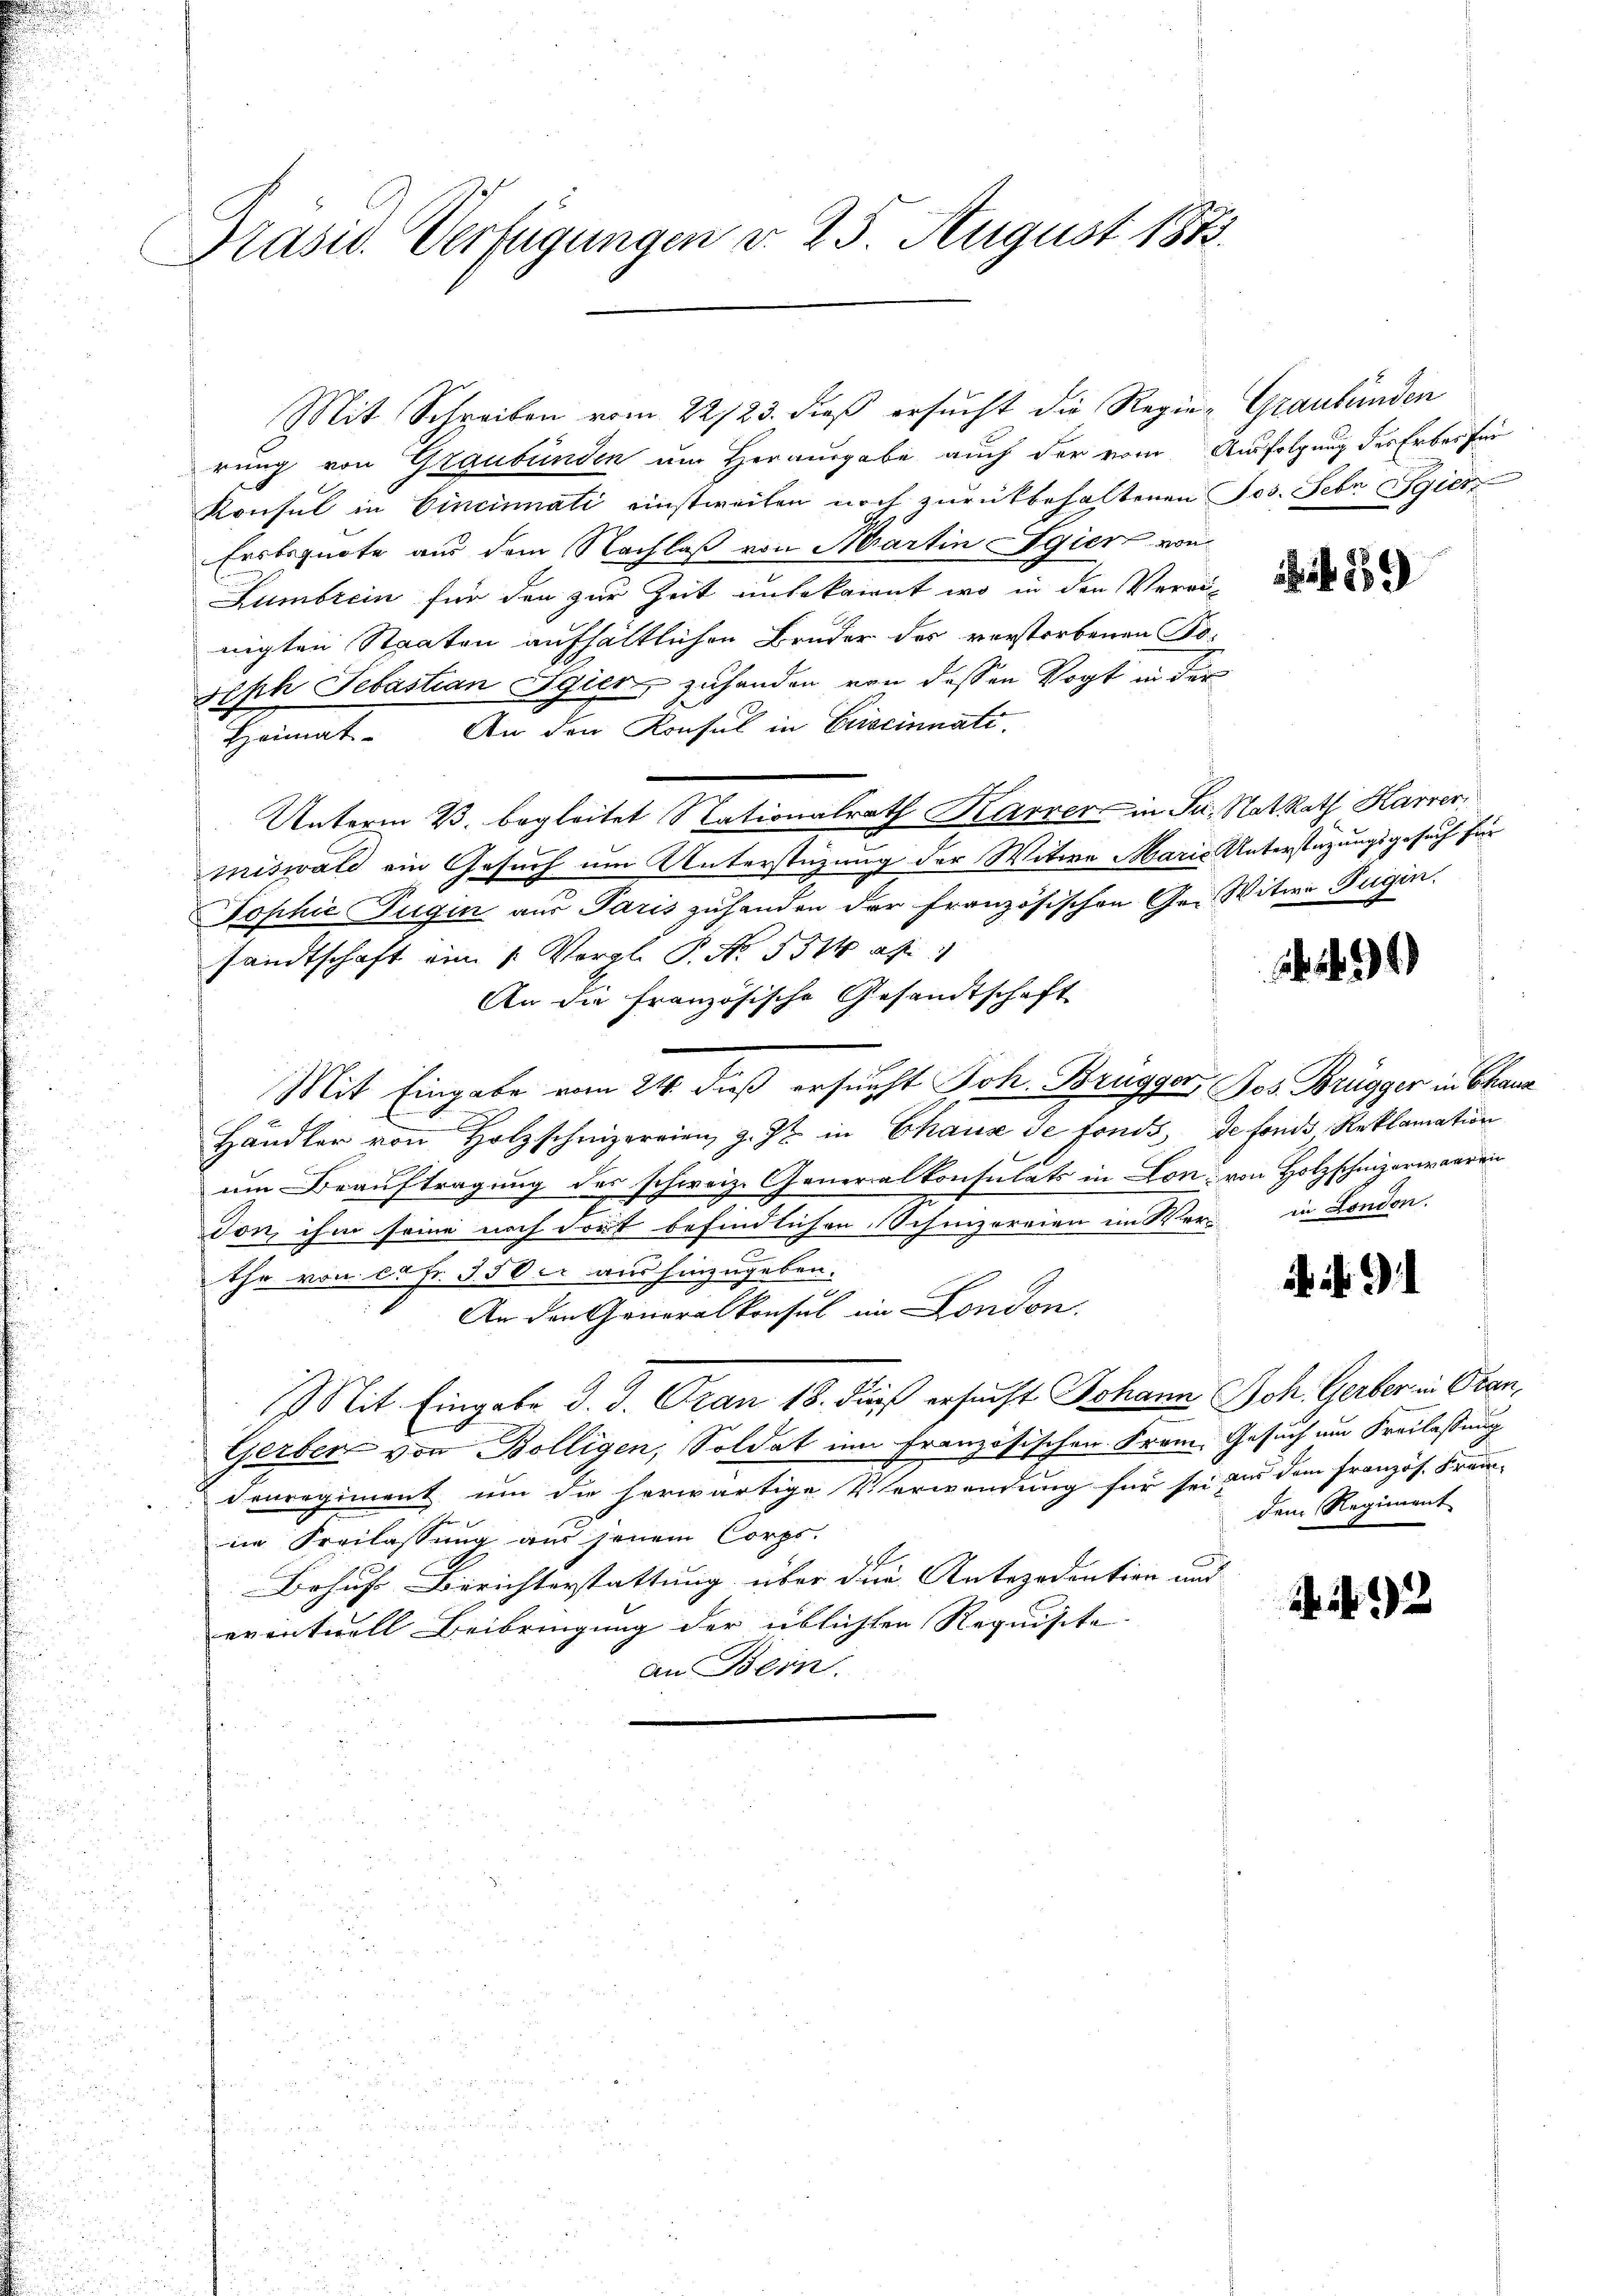
Präsid. Verfügungen d. 25. August 1873.

Mit Schreiben vom 22/23. dieß ersucht die Regien Graubünden
rung von Graubünden um Herausgabe auch der vom Ausfolgung des Erbes für
Konsul in Cincinnati einstweilen noch zurückbehaltenen Jos. Febr Egier
Ersbegnete aus dem Nachlaß von Martin Egier von
Lumbrein für den zur Zeit unbekannt, wo in den Verein
nigten Staaten aufhältlichen Bruder des verstorbenen Fo¬
Seph Sebastian Egier, zuhanden von dessen Vogt in der
An den Konsul in Eriscinnati
Heimat-
Unterm 2. begleitet Nationalrath Karrer in Ju. NatRath Harrer
miswald ein Gesuch um Unterstüzung der Witwe Marie Unterstüzungsgesuch für
Tophie Zugin aus Paris zuhanden der französischen Ge- Witwe Fugin.
sandtschaft ein 1. Vergl. P. No. 531 ab
An die französische Gesandtschaft
Mit Eingabe vom 24. dieß ersucht Joh. Brügger Jos. Brügger in Chaux
x
Handler von Holzschnizerrien, z. Zt. in Chaus de fonds, de fonds Reklamation
es schweiz. Generalkonsulats in Lon: von Holzschnizerwaaren
um Beauftragung
c
don ihm seine noch dort befindlichen Schnizerrien im Wer in London.
the von 10 Fr. 350. aus hinzugeben.
An den Generalkonsul in London.
Mit Eingabe d. J. Gran 18. dieß ersucht Johann Joh. Gerber in Oben,
Gerben von Bolligen, Soldat im französischen Franz. Gesuch um Freilassung
conregiment um die herwärtige Verwendung für sei aus dem französ. Frem-
ne Freilassung aus jenem Corps.
Behufs Berichterstattung über die Antezedention und
eventuell Beibringung der üblichten Requisite. |
an Bern.

. N. 91

dem Regiment

2